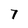
Character: 7